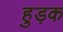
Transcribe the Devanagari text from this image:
हुड़क